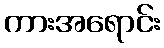
ကားအရောင်း